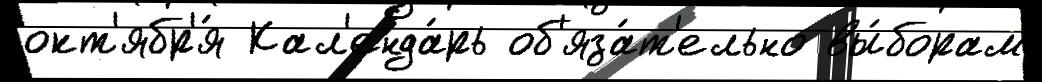
окт'ябр'я́ Кал'енда́рь об'яза́т'ельно вы́борам